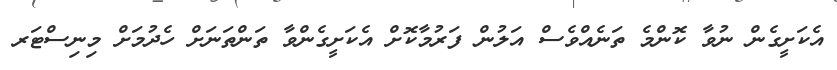
އެކަށީގެން ނުވާ ކޮންމެ ތަނެއްވެސް އަލުން ފަރުމާކޮށް އެކަށީގެންވާ ތަންތަނަށް ހެދުމަށް މިނިސްޓަރ